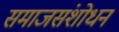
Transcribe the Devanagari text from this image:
समाजसंशोधन